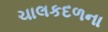
ચાલકદળના